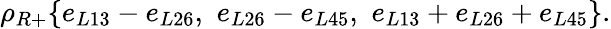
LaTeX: \rho_{R+}\{ e_{L13}-e_{L26},\, \, e_{L26}-e_{L45},\, \, e_{L13}+e_{L26}+e_{L45}\} .